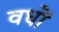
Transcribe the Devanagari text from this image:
वधों